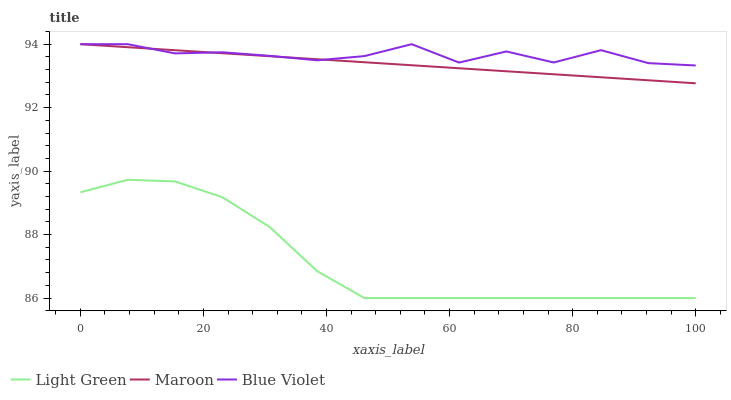
| xaxis_label | Light Green | Maroon | Blue Violet |
 | --- | --- | --- | --- |
 | 0 | 89.3 | 94 | 94 |
 | 7.69 | 89.7 | 93.9 | 94 |
 | 15.4 | 89.7 | 93.8 | 93.7 |
 | 23.1 | 89.2 | 93.7 | 93.7 |
 | 30.8 | 88.2 | 93.6 | 93.6 |
 | 38.5 | 86.9 | 93.5 | 93.5 |
 | 46.2 | 86 | 93.4 | 93.6 |
 | 53.8 | 86 | 93.3 | 94 |
 | 61.5 | 86 | 93.2 | 93.4 |
 | 69.2 | 86 | 93.1 | 93.8 |
 | 76.9 | 86 | 93.1 | 93.4 |
 | 84.6 | 86 | 93 | 93.8 |
 | 92.3 | 86 | 92.9 | 93.4 |
 | 100 | 86 | 92.8 | 93.3 |